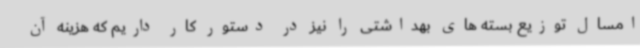
امسال توزیع بسته های بهداشتی را نیز در دستور کار داریم که هزینه آن